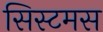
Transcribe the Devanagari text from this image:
सिस्टमस